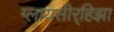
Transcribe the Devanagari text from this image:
ग्लायसीर्‍हिझा